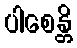
ပါစေန္တိ